Leningradi_Edasi_toimetus, lk 16
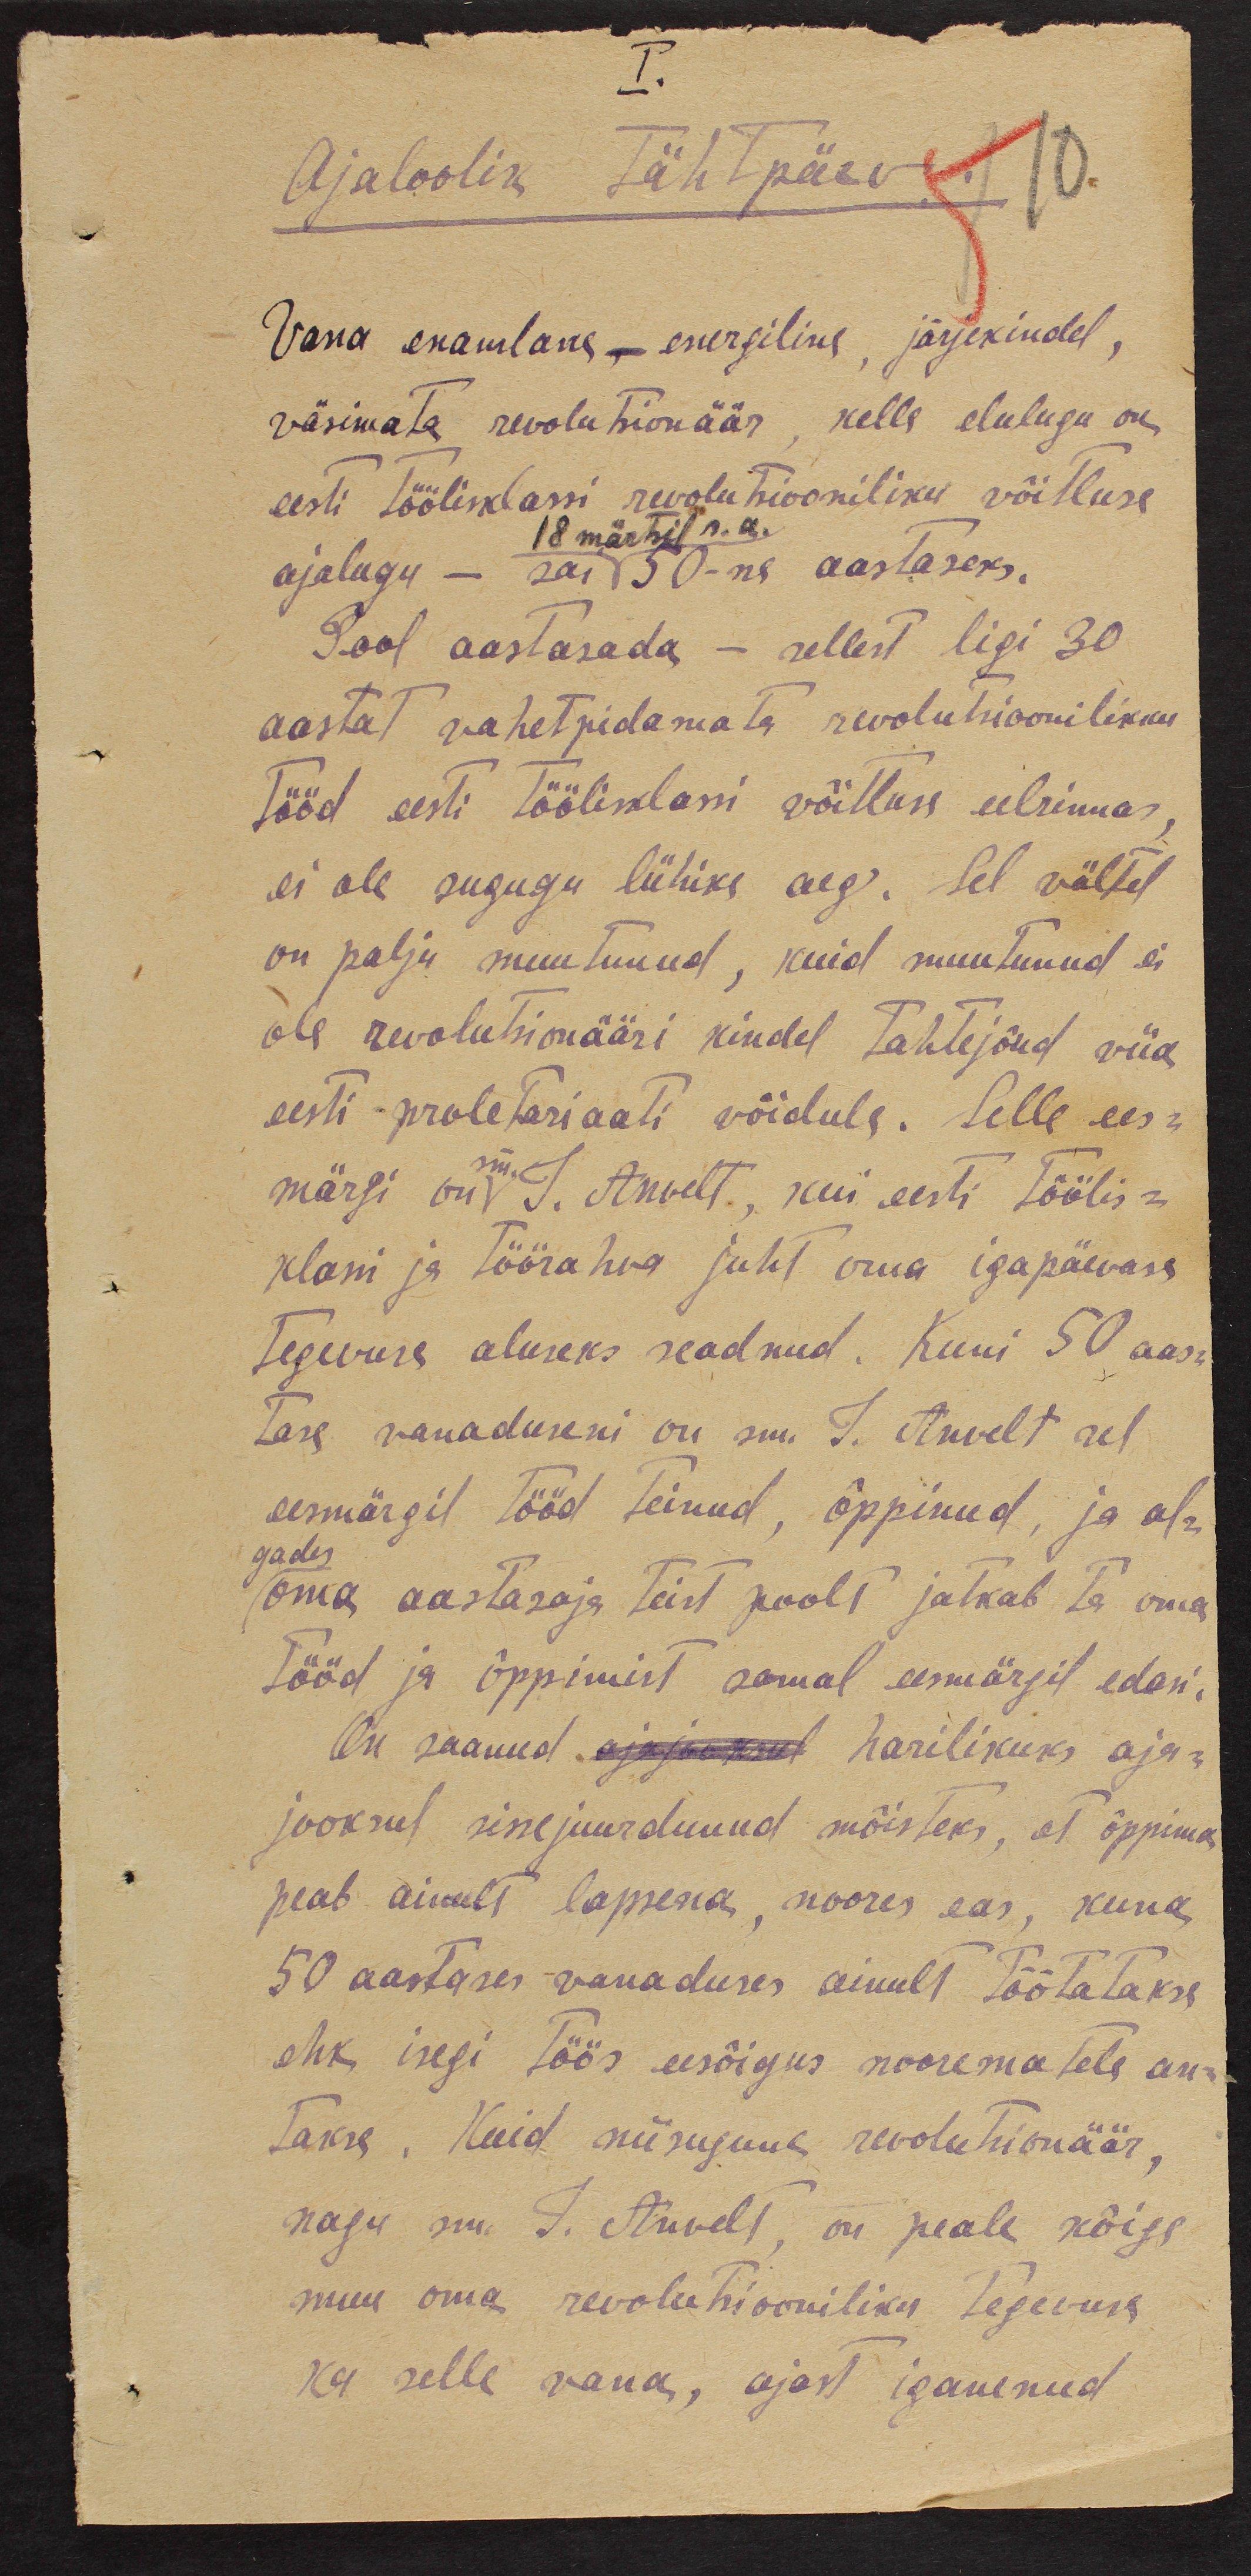
I.
Ajaloolik Tähtpäev.
10.
Vana enamlane_energiline, järjekindel,
väsimata revolutsionäär, kelle elulugu on
eesti töölisklassi revolutsiooniliku võitluse
ajalugu - sai 50-ne aastaseks.
Pool aastasada - sellest ligi 30
aastat vahetpidamata revolutsioonilikku
tööd eesti töölisklassi võitluse eelrinnas
ei ole sugugu lühike aeg. Sel vältel
on palju muutunud, kuid muutunud ei
ole revolutsionääri kindel tahtejõud viia
eesti proletariaati võidule. Selle ees-
märgi on sm. J. Anvelt, kui eesti töölis-
klassi ja töörahva juht oma igapäevase
tegevuse aluseks seadnud. Kuni 50 aas-
tase vanaduseni on sm. J. Anvelt sel
eesmärgil tööd teinud, õppinud, ja al-
oma aastasaja teist poolt jatkab ta oma
tööd ja õppimist samal eesmärgil edasi.
On saanud ajajooksul harilikuks aja-
jooksul sissejuurdunud mõisteks, et õppima
peab ainult lapsena, noores eas, kuna
50 aastases vanaduses ainult töötatakse
ehk isegi töös eesõigus noorematele an-
takse. Kuid niisugune revolutsionäär,
nagu sm. J. Anvelt, on peale kõige
muu oma revolutsiooniliku tegevuse
ka selle vana, ajast iganenud